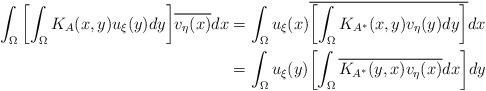
LaTeX: \begin{align*}\int_{\Omega}{\left[\int_{\Omega}K_{A}(x,y)u_{\xi}(y)dy\right]}\overline{v_{\eta}(x)}dx & =\int_{\Omega}{u_{\xi}(x)}\overline{\left[\int_{\Omega}K_{A^{\ast}}(x,y)v_{\eta}(y)dy\right]}dx \\& = \int_{\Omega}{u_{\xi}(y)}{\left[\int_{\Omega}\overline{K_{A^{\ast}}(y,x)}\overline{v_{\eta}(x)}dx\right]}dy\end{align*}